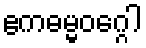
ဧကဓမ္မဝဂ္ဂေါ